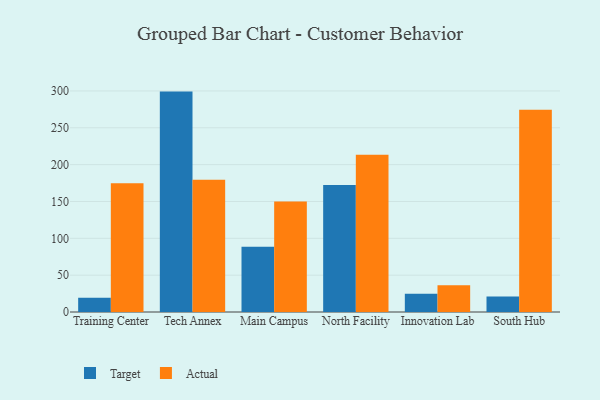
{"axis": {"x": "Campus", "y": "Revenue (USD Million)"}, "legend": ["Actual", "Target"], "data": [{"x": "Training Center", "y": 19.5, "type": "Target"}, {"x": "Training Center", "y": 174.6, "type": "Actual"}, {"x": "Tech Annex", "y": 299.1, "type": "Target"}, {"x": "Tech Annex", "y": 179.6, "type": "Actual"}, {"x": "Main Campus", "y": 88.4, "type": "Target"}, {"x": "Main Campus", "y": 149.9, "type": "Actual"}, {"x": "North Facility", "y": 172.3, "type": "Target"}, {"x": "North Facility", "y": 213.3, "type": "Actual"}, {"x": "Innovation Lab", "y": 24.7, "type": "Target"}, {"x": "Innovation Lab", "y": 36.2, "type": "Actual"}, {"x": "South Hub", "y": 20.9, "type": "Target"}, {"x": "South Hub", "y": 274.4, "type": "Actual"}]}